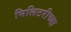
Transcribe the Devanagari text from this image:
मिलिटरीच्या